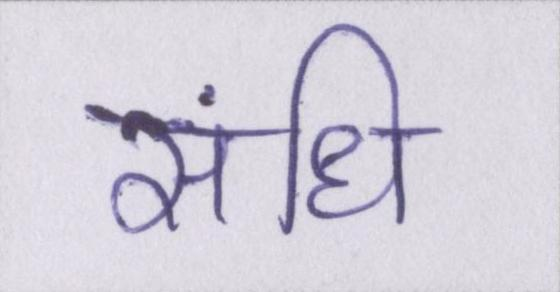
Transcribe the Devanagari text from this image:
संधि